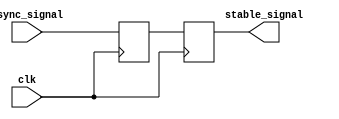
module TwoFF_Metastability_Detector (
    input wire clk,               // Clock signal
    input wire async_signal,      // Asynchronous input signal
    output reg stable_signal       // Stable output signal
);

    // Internal signals for the two flip-flops
    reg ff1_out;                 // Output of the first flip-flop

    // First flip-flop (FF1)
    always @(posedge clk) begin
        ff1_out <= async_signal; // Sample the asynchronous signal
    end

    // Second flip-flop (FF2)
    always @(posedge clk) begin
        stable_signal <= ff1_out; // Sample the output of FF1
    end

endmodule